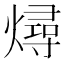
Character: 燖